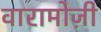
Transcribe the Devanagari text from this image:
वारामोज़ी